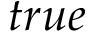
t r u e